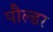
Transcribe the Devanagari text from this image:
पौल्डर